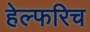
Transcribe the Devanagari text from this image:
हेल्फरिच